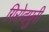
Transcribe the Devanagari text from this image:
गिरोदपुरी